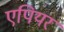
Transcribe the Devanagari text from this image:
एपियर